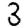
Digit: 3